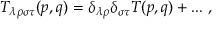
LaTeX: T _ { \lambda \rho \sigma \tau } ( p , q ) = \delta _ { \lambda \rho } \delta _ { \sigma \tau } T ( p , q ) + . . . ~ ,